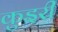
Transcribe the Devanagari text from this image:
कुइरी